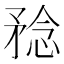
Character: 𥍵